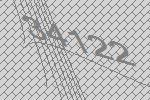
34122